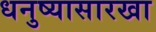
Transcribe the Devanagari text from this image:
धनुष्यासारखा